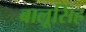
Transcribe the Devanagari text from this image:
बालूसिंह